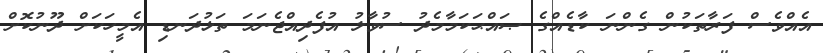
އެއްވެސް ފަރާތަކުން ގެންނަ ކާޑެއްގެ ޞައްޙަކަމާމެދު ސުވާލު އުފެދިއްޖެނަމަ ތަޅުދަނޑި އެމީހަކަށް ދޫނުކޮށް